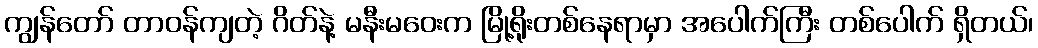
ကျွန်တော် တာဝန်ကျတဲ့ ဂိတ်နဲ့ မနီးမဝေးက မြို့ရိုးတစ်နေရာမှာ အပေါက်ကြီး တစ်ပေါက် ရှိတယ်၊